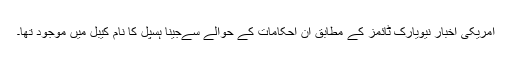
امریکی اخبار نیویارک ٹائمز کے مطابق ان احکامات کے حوالے سےجینا ہسپل کا نام کیبل میں موجود تھا۔